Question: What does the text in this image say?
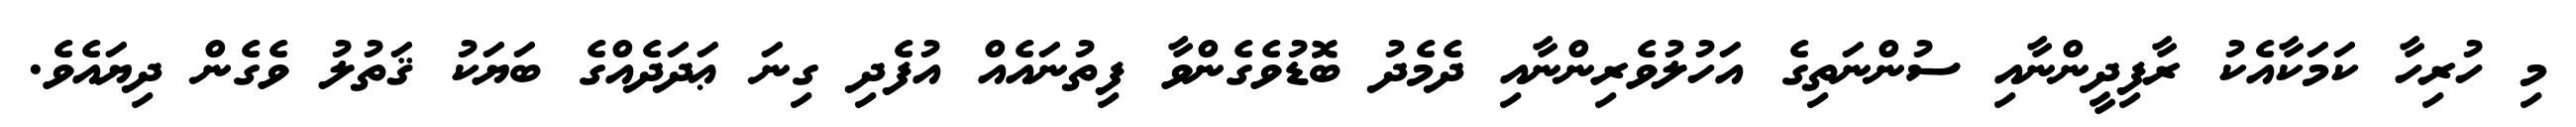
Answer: މި ހުރިހާ ކަމަކާއެކު ރާފިދީންނާއި ސުންނަތިގެ އަހުލުވެރިންނާއި ދެމެދު ބޮޑުވެގެންވާ ފިތުނައެއް އުފެދި ގިނަ ޢަދަދެއްގެ ބަޔަކު ޤަތުލު ވެގެން ދިޔައެވެ.